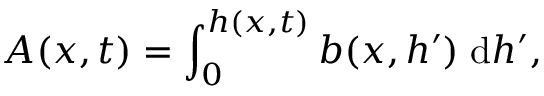
A ( x , t ) = \int _ { 0 } ^ { h ( x , t ) } b ( x , h ^ { \prime } ) \; { \mathrm { d } } h ^ { \prime } ,